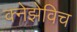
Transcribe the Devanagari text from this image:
क्नेझेविच